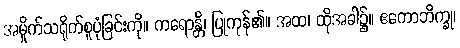
အမှိုက်သရိုက်စူပုံခြင်းကို။ ကရောန္တိ၊ ပြုကုန်၏။ အထ၊ ထိုအခါ၌။ ဧကောဘိက္ခု၊